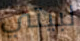
لبيتي